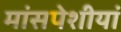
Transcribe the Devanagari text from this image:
मांसपेशीयां